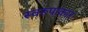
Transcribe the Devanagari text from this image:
स्वरूपाकार